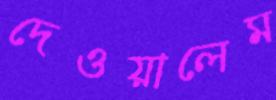
দেওয়ালেম